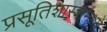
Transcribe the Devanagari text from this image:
प्रसूतिशास्त्रामध्ये